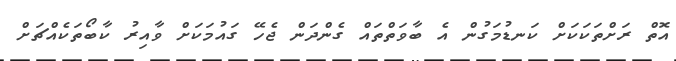
އޮތް ރަށްތަކަކަށް ކަނޑުމަގުން އެ ބާވަތްތައް ގެންދަން ޖެހޭ ގައުމަކަށް ވާއިރު ކާބޯތަކެެއްޗަށް